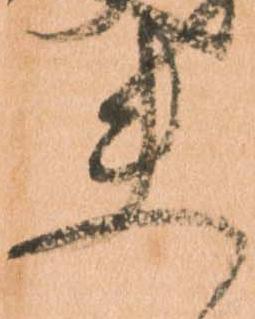
夫